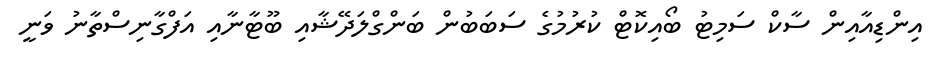
އިންޑިއާއިން ސާކް ސަމިޓު ބޯއިކޮޓް ކުރުމުގެ ސަބަބުން ބަންގްލަދޭޝާއި ބޫޓާނާއި އަފްގާނިސްތާނު ވަނީ